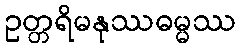
ဥတ္တရိမနုဿဓမ္မဿ